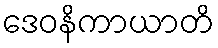
ဒေဝနိကာယာတိ